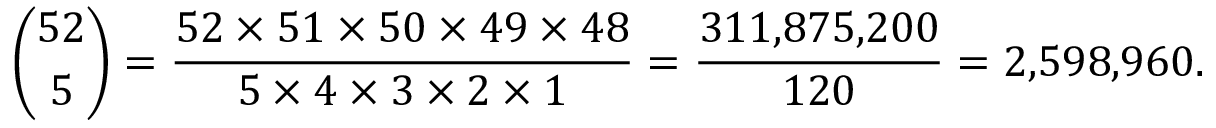
{ \binom { 5 2 } { 5 } } = { \frac { 5 2 \times 5 1 \times 5 0 \times 4 9 \times 4 8 } { 5 \times 4 \times 3 \times 2 \times 1 } } = { \frac { 3 1 1 { , } 8 7 5 { , } 2 0 0 } { 1 2 0 } } = 2 { , } 5 9 8 { , } 9 6 0 .